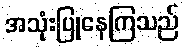
အသုံးပြုနေကြသည်